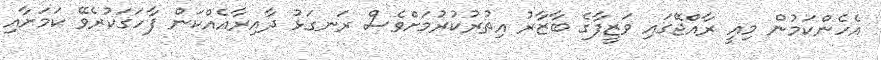
އެހެންކަމުން މިއީ ރާއްޖޭގައި ވަޒީފާގެ ބާޒާރު އިތުރުކުރުމަށްވެސް ރަނގަޅު ދާއިރާއެއްކަން ފާހަގަކުރެވޭ ކަމަށާއި